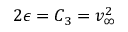
2 \epsilon = C _ { 3 } = v _ { \infty } ^ { 2 } \,